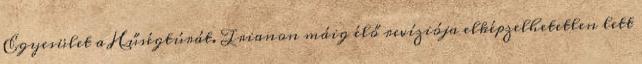
Egyesület a Hűségtúrát. Trianon máig élő revíziója elképzelhetetlen lett